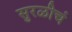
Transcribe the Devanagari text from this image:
सुरळीचं